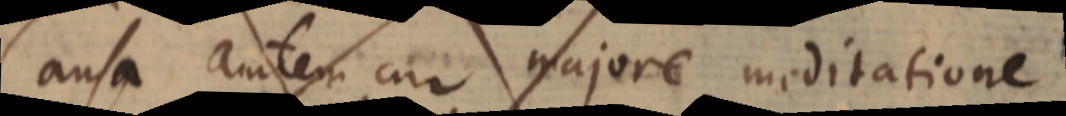
Causa autem majore meditatione